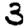
Digit: 3